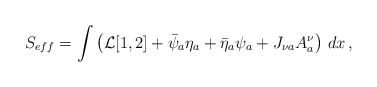
\begin{align*}S_{eff} = \int \left( {\cal L}[1,2] + \bar{\psi}_a \eta_a + \bar{\eta}_a \psi_a + J_{\nu a} A^\nu_a \right) \, d x \, ,\end{align*}